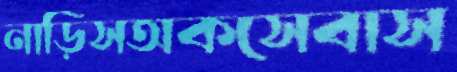
নাড়িসঅকসেবাস